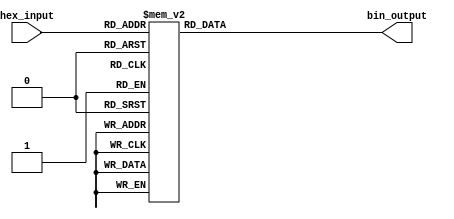
module hex_to_bin_encoder (
    input  wire [3:0] hex_input,  // 4-bit input representing hexadecimal digit
    output reg  [3:0] bin_output   // 4-bit output representing binary equivalent
);

// Combinational logic to convert hex input to binary output
always @(*) begin
    case (hex_input)
        4'b0000: bin_output = 4'b0000; // 0
        4'b0001: bin_output = 4'b0001; // 1
        4'b0010: bin_output = 4'b0010; // 2
        4'b0011: bin_output = 4'b0011; // 3
        4'b0100: bin_output = 4'b0100; // 4
        4'b0101: bin_output = 4'b0101; // 5
        4'b0110: bin_output = 4'b0110; // 6
        4'b0111: bin_output = 4'b0111; // 7
        4'b1000: bin_output = 4'b1000; // 8
        4'b1001: bin_output = 4'b1001; // 9
        4'b1010: bin_output = 4'b1010; // A (10)
        4'b1011: bin_output = 4'b1011; // B (11)
        4'b1100: bin_output = 4'b1100; // C (12)
        4'b1101: bin_output = 4'b1101; // D (13)
        4'b1110: bin_output = 4'b1110; // E (14)
        4'b1111: bin_output = 4'b1111; // F (15)
        default: bin_output = 4'b0000;  // Error handling: output all zeros for invalid input
    endcase
end

endmodule